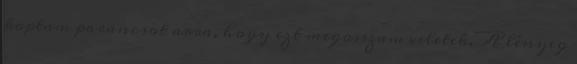
kaptam parancsot arra, hogy ezt megosszam veletek. A lényeg